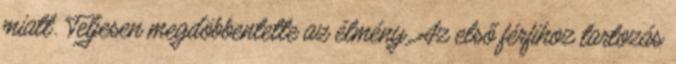
miatt. Teljesen megdöbbentette az élmény. Az első férfihoz tartozás